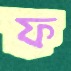
ফ